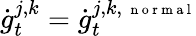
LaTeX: \dot{g}_{t}^{j,k}=\dot{g}_{t}^{j,k,\mathrm{~\scriptsize~n~o~r~m~a~l~}}